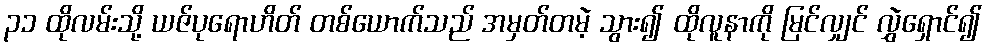
၃၁ ထိုလမ်းသို့ ယဇ်ပုရောဟိတ် တစ်ယောက်သည် အမှတ်တမဲ့ သွား၍ ထိုလူနာကို မြင်လျှင် လွှဲရှောင်၍